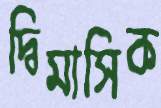
দ্বিমাসিক